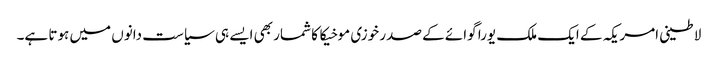
لاطینی امریکہ کے ایک ملک یورا گوائے کے صدر خوزی موخیکا کا شمار بھی ایسے ہی سیاست دانوں میں ہوتا ہے۔